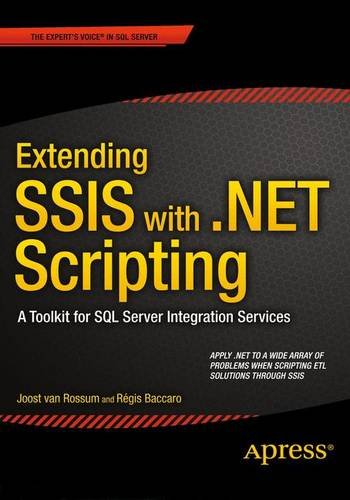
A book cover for Extending SSIS with .NET Scripting: A Toolkit for SQL Server Integration Services; Joost van Rossum; Computers & Technology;